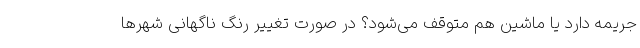
جریمه دارد یا ماشین هم متوقف می‌شود؟ در صورت تغییر رنگ ناگهانی شهرها